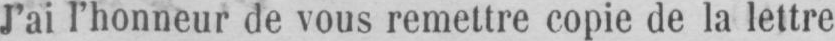
J’ai l’honneur de vous remettre copie de la lettre